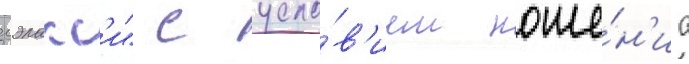
гэлакс'и" с усло́в'ием ноше́н'иа